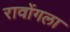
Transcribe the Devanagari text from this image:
रावोंगला